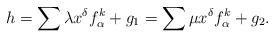
LaTeX: \begin{align*}h= \sum \lambda x^{\delta}f_{\alpha}^{k}+g_1=\sum \mu x^{\delta}f_{\alpha}^{k}+g_2. \end{align*}